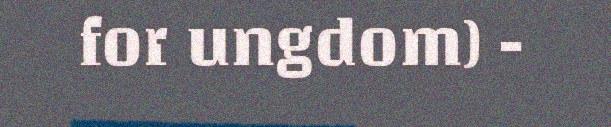
for ungdom) -